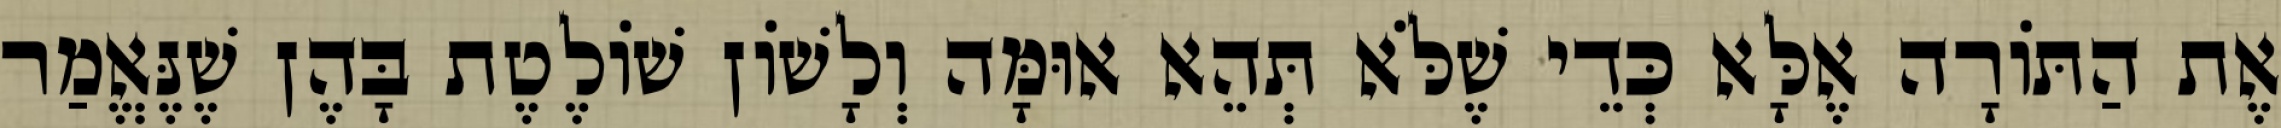
אֶת הַתּוֹרָה אֶלָּא כְּדֵי שֶׁלֹּא תְּהֵא אוּמָּה וְלָשׁוֹן שׁוֹלֶטֶת בָּהֶן שֶׁנֶּאֱמַר